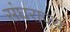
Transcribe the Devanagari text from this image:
संघराज्‍य